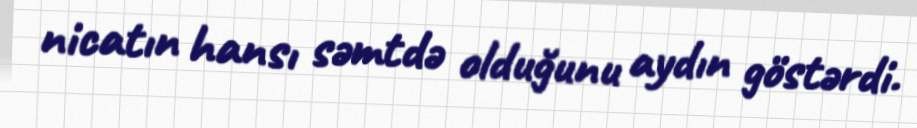
nicatın hansı səmtdə olduğunu aydın göstərdi.